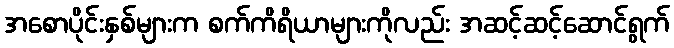
အစောပိုင်းနှစ်များက စက်ကိရိယာများကိုလည်း အဆင့်ဆင့်ဆောင်ရွက်